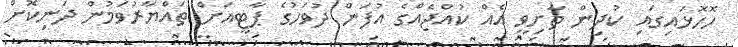
ހޮހޮޅައިގައި ކުދިން ތާށިވީ އެއް ކުއްޖެއްގެ އުފަން ދުވަހުގެ ޕާޓީއަށް ތައްޔާރުވަމުން ދަނިކޮށް